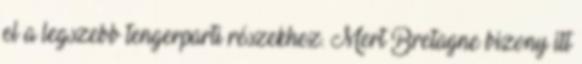
el a legszebb tengerparti részekhez. Mert Bretagne bizony itt